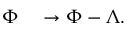
\begin{array} { r l } { \Phi } & { { } \to \Phi - \Lambda . } \end{array}